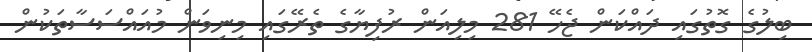
ބިލުގެ ގޮތުގައި ދައްކަން ޖެހޭ 281 މިލިއަން ރުފިޔާގެ ތެރޭގައި މިނިވަން މުއައްސަސާތަކުން